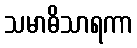
သမာဓိသာရကာ